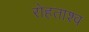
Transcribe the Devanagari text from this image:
रोहताश्व